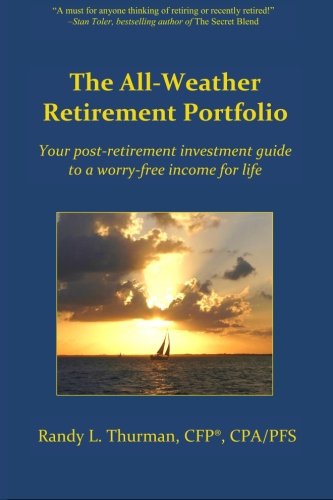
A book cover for The All-Weather Retirement Portfolio: Your post-retirement investment guide to a worry-free income for life; Randy L. Thurman; Business & Money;